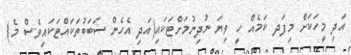
އަދި މީހަކަށް މިފަދ ކަމެއް ހީ ވިޔަ ނުދިނުމަށްޓަކައި(އަދި އެހެން ސަބަބުތަކައްޓަކައިވެސް މެ)